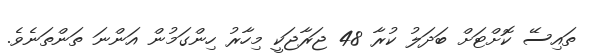
ތައިސޭ ކޮށްޓަށް ބަދަލު ކުރާ 48 ޖަރާޖަކީ މިހާރު ހިންގަމުން އަންނަ ތަންތަނެވެ.